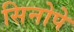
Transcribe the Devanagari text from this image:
सिनोपे